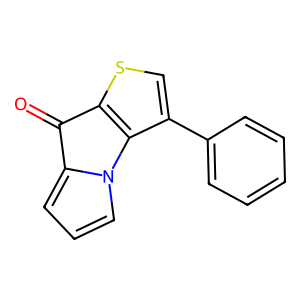
SMILES: O=C1c2scc(-c3ccccc3)c2-n2cccc21
Inhibits HIV replication: No